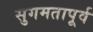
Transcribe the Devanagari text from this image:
सुगमतापूर्व